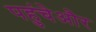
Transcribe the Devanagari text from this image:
पहुंचेऔर